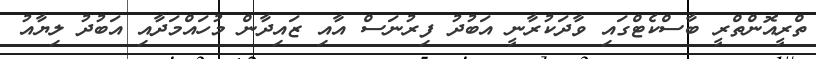
ތްރީއޮންތްރީ ބާސްކެޓްގައި ވާދަކުރާނީ އަބުދު ފިރުނަސް އާއި ޒައިދާން މުހައްމަދާއި އަބުދު ލިޔާއު